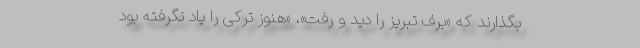
بگذارند که «برف تبریز را دید و رفت»، «هنوز تُرکی را یاد نگرفته بود